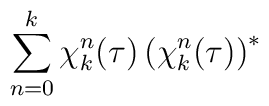
\sum_{n=0}^k \chi_k^n(\tau) \left( \chi_k^n(\tau) \right)^*